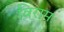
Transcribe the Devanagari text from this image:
विरामः